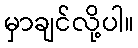
မှာချင်လို့ပါ။